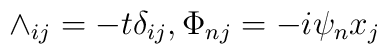
\wedge_{ij} = -t\delta_{ij}, \Phi_{nj} = -i\psi_{n}x_{j}